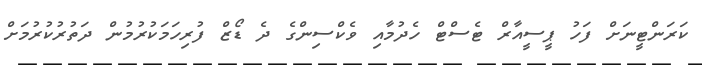
ކަރަންޓީނަށް ފަހު ޕީސީއާރް ޓެސްޓް ހެދުމާއި ވެކްސިންގެ ދެ ޑޯޒް ފުރިހަމަކުރުމުން ދަތުރުކުރުމަށް